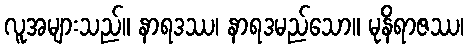
လူအများသည်။ နာရဒဿ၊ နာရဒမည်သော။ မုနိရာဇဿ၊